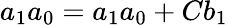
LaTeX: a_{1}a_{0}=a_{1}a_{0}+Cb_{1}